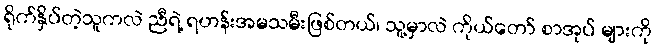
ရိုက်နှိပ်တဲ့သူကလဲ ညီရဲ့ ရဟန်းအမသမီးဖြစ်တယ်၊ သူ့မှာလဲ ကိုယ်တော် စာအုပ် များကို